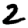
Digit: 2